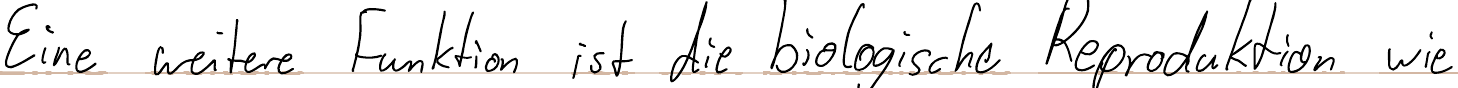
Eine weitere Funktion ist die biologische Reproduktion wie